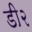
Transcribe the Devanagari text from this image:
डी२